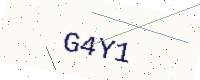
Text: G4Y1